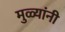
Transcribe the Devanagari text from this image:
मुळ्यांनी